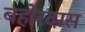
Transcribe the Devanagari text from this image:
बहोरदास